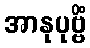
အာနုပုဗ္ဗိံ